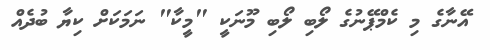
އޭނާގެ މި ކެމްޕޭނުގެ ލޯބި ލޯބި މޫނަކީ "މީކާ" ނަމަކަށް ކިޔާ ބުދެއް